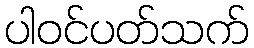
ပါဝင်ပတ်သက်